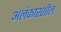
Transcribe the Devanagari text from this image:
अलंकारशील